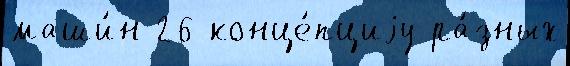
маши́н 26 конце́пциjу ра́зных